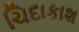
ચિદાકાશ